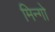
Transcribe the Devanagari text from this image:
मिन्गो